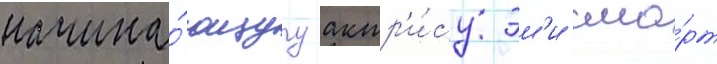
начина́ющуу актр'и́су эм'и сма́рт